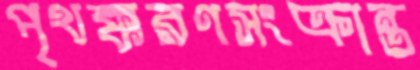
পৃথক্করণসংক্রান্ত